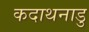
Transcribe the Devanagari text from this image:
कदाथनाडु